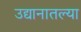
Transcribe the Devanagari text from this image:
उद्यानातल्या